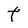
Character: t